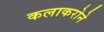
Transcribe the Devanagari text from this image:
कलाकरोने